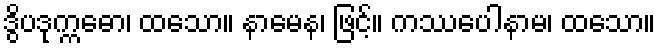
ဒွိပဒုက္ကဓော၊ ထသော။ နာမေန၊ ဖြင့်။ ကဿပေါနာမ၊ ထသော။